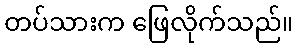
တပ်သားက ဖြေလိုက်သည်။